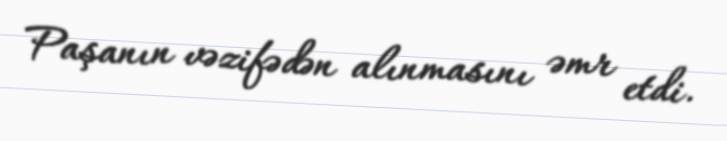
Paşanın vəzifədən alınmasını əmr etdi.